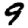
Digit: 9